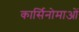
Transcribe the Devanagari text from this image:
कार्सिनोमाओं